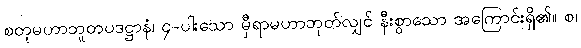
စတုမဟာဘူတပဒဋ္ဌာနံ၊ ၄-ပါးသော မှီရာမဟာဘုတ်လျှင် နီးစွာသော အကြောင်းရှိ၏။ စ၊